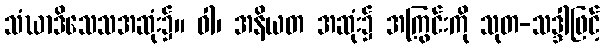
သံဃာဒိသေသအဆုံး၌။ ဝါ၊ အနိယတ အဆုံး၌ အကြွင်းကို သုတ-သဒ္ဒါဖြင့်